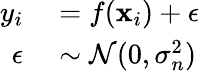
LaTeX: \begin{array}{rl}{y_{i}}&{{}=f(\textbf{x}_{i})+\epsilon}\\ {\epsilon}&{{}\sim\mathcal{N}(0,\sigma_{n}^{2})}\end{array}